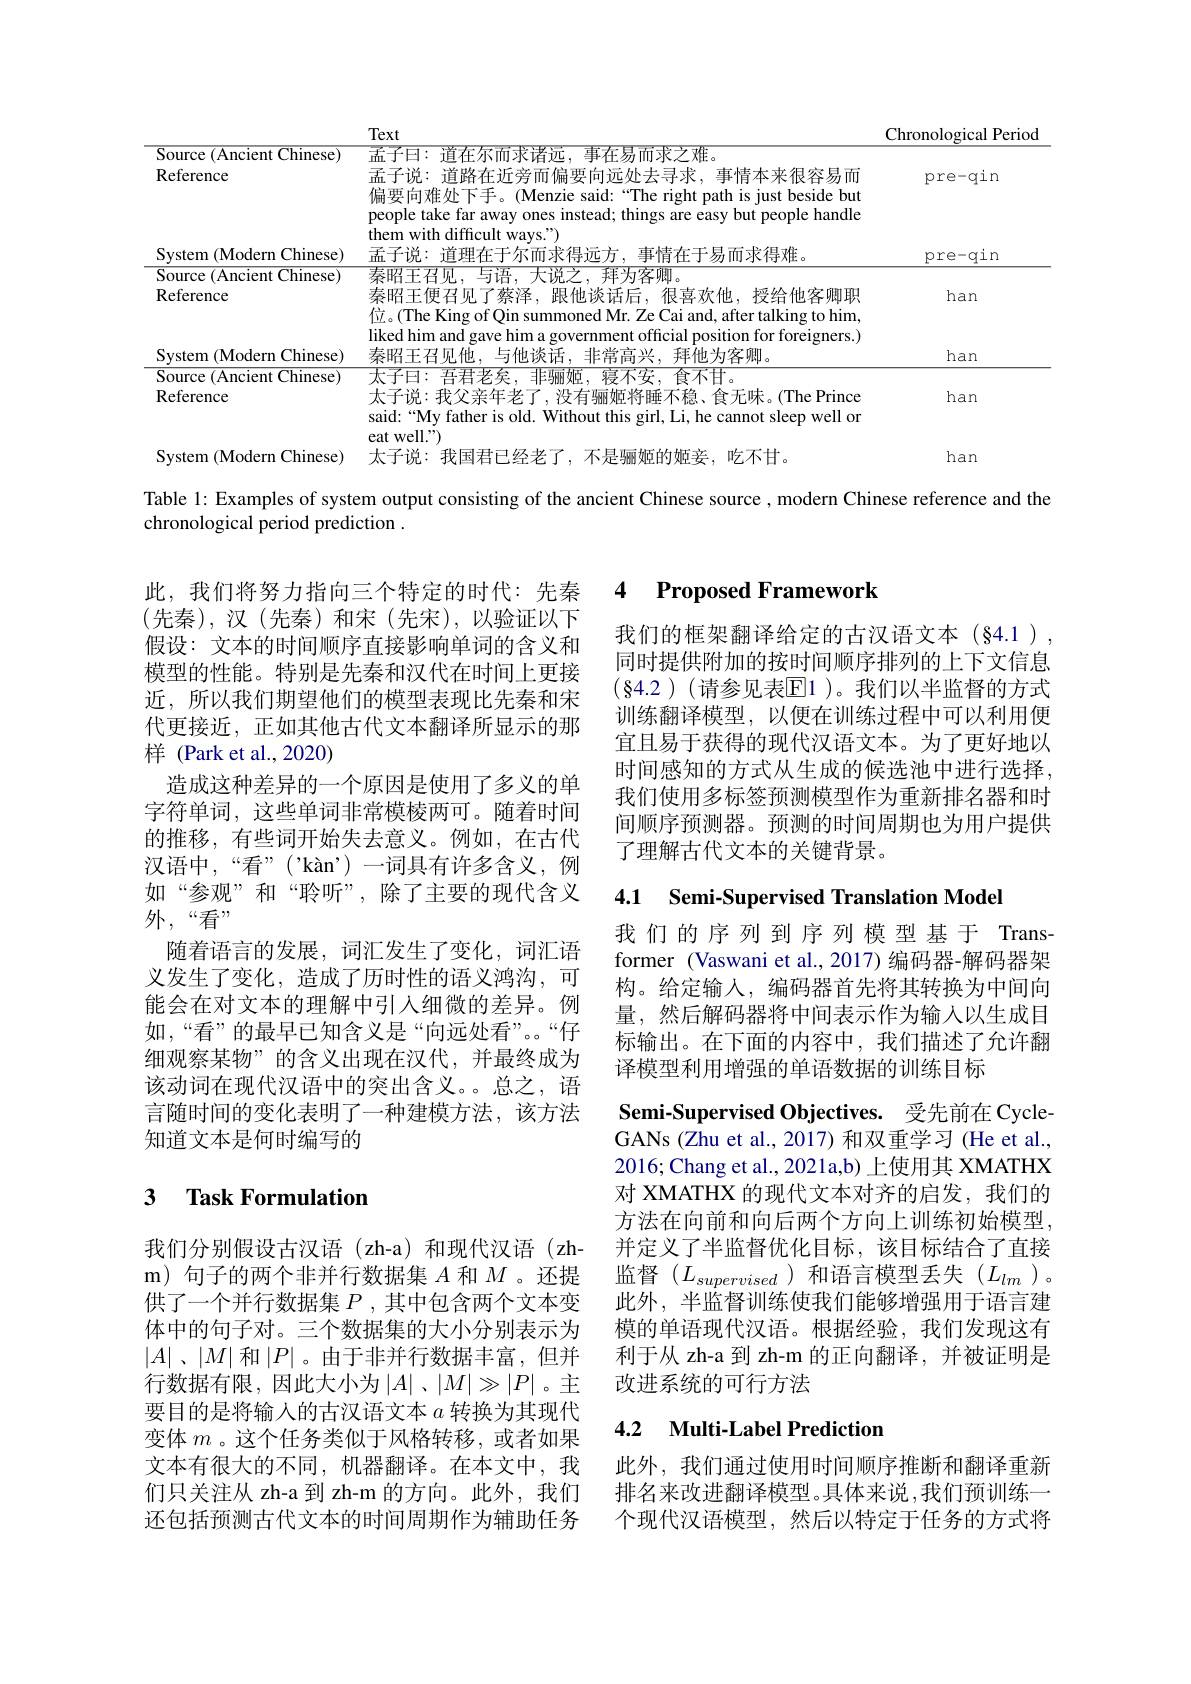
<table>
	<tbody>
		<tr>
			<th> </th>
			<th>Text</th>
			<th>Chronological $\textbf{l Peric}$</th>
		</tr>
		<tr>
			<td>Source ( Ancient Chinese) Reference</td>
			<td>孟子曰：道在尔而求诸远，事在易而求之难。孟子说：道路在近旁而偏要向远处去寻求，事情本来很容易而 偏要向难处下手。(Menzie said:“The right path is just beside but people take far away ones instead; things are easy but people handle them with difficult ways.")</td>
			<td>pre-qin</td>
		</tr>
		<tr>
			<td>System (Modern 1 $\mathbf{Chinese})$</td>
			<td>$\tilde{\text{五千说：}}$ $i$自中在十 $I_{t}I_{v}^{\prime}$ .情在干易而求得难。</td>
			<td>pre-qin</td>
		</tr>
		<tr>
			<td>Source ( Ancient Chinese) $\mathbf{R}_{\mathrm{eferem}}$</td>
			<td>泰昭干召 3 $1JJI$ $\exists1^{2n}$ 不明 去</td>
			<td>har</td>
		</tr>
		<tr>
			<td>System 1Chinese) 11 ( Modern</td>
			<td>iked him and gave him a government official position for foreigners.) 泰昭干召见他，与他谈话，非常高兴，拜他为客卿。</td>
			<td>han</td>
		</tr>
		<tr>
			<td>Source $\overline{(\mathrm{Ancient})}$ $\overline{{\mathrm{Chinese}}})$</td>
			<td>$\angle A=\angle AC$ 食不甘</td>
			<td> </td>
		</tr>
		<tr>
			<td>$\operatorname{mov}/$ Reference</td>
			<td>太子说：我父亲年老了，没有骊姬将睡不稳、食无味。(The Prince said:“My father is old. Without this girl, Li, he cannot sleep well or</td>
			<td>han</td>
		</tr>
		<tr>
			<td>( Modern Chinese) Svstem ,</td>
			<td> </td>
			<td>han</td>
		</tr>
	</tbody>
</table>

Table 1: Examples of system output consisting of the ancient Chinese source , modern Chinese reference and the
chronological period prediction .

### 4 $\textbf{Proposed Framework}$

我们的框架翻译给定的古汉语文本(§4.1), 同时提供附加的按时间顺序排列的上下文信息$(\S4.2)($请参见表El1)。我们以半监督的方式训练翻译模型，以便在训练过程中可以利用便宜且易于获得的现代汉语文本。为了更好地以时间感知的方式从生成的候选池中进行选择， 我们使用多标签预测模型作为重新排名器和时间顺序预测器。预测的时间周期也为用户提供了理解古代文本的关键背景。

此，我们将努力指向三个特定的时代：先秦(先秦),汉(先秦)和宋(先宋),以验证以下假设：文本的时间顺序直接影响单词的含义和模型的性能。特别是先秦和汉代在时间上更接近，所以我们期望他们的模型表现比先秦和宋代更接近，正如其他古代文本翻译所显示的那样 (Park et al.,2020)
造成这种差异的一个原因是使用了多义的单字符单词，这些单词非常模棱两可。随着时间的推移，有些词开始失去意义。例如，在古代汉语中，“看”('kàn’)一词具有许多含义，例如“参观”和“聆听”,除了主要的现代含义外，“看”
随着语言的发展，词汇发生了变化，词汇语义发生了变化，造成了历时性的语义鸿沟，可能会在对文本的理解中引入细微的差异。例如，“看”的最早已知含义是“向远处看”。“仔细观察某物”的含义出现在汉代，并最终成为该动词在现代汉语中的突出含义。总之，语言随时间的变化表明了一种建模方法，该方法知道文本是何时编写的

4.1 Semi-Supervised Translation Model

我们的序列到序列模型基于 Transformer (Vaswani et al., 2017) 编码器-解码器架构。给定输入，编码器首先将其转换为中间向量，然后解码器将中间表示作为输人以生成目标输出。在下面的内容中，我们描述了允许翻译模型利用增强的单语数据的训练目标

Semi-Supervised Objectives. 受先前在 CycleGANs (Zhu et al., 2017) 和双重学习 (He et al. 2016;Chang et al., 2021a,b) 上使用其 XMATHX 对 XMATHX 的现代文本对齐的启发，我们的方法在向前和向后两个方向上训练初始模型， 并定义了半监督优化目标，该目标结合了直接监督$(L_supervised$ )和语言模型丢失$(L_lm)$。此外，半监督训练使我们能够增强用于语言建模的单语现代汉语。根据经验，我们发现这有利于从 zh-a 到 zh-m 的正向翻译，并被证明是改进系统的可行方法

# 3 Task Formulation

我们分别假设古汉语(zh-a)和现代汉语(zhm) 句子的两个非并行数据集$A$和$M$ 。还提供了一个并行数据集$P$,其中包含两个文本变体中的句子对。三个数据集的大小分别表示为$|A|$、$|M|$和$|P|$。由于非并行数据丰富，但并行数据有限，因此大小为$|A|$、$|M|\gg|P|$。主要目的是将输入的古汉语文本$a$转换为其现代变体$m$ 。这个任务类似于风格转移，或者如果文本有很大的不同，机器翻译。在本文中，我们只关注从 zh-a 到 zh-m 的方向。此外，我们还包括预测古代文本的时间周期作为辅助任务

## 4.2 Multi-Label Prediction

此外，我们通过使用时间顺序推断和翻译重新排名来改进翻译模型。具体来说，我们预训练一个现代汉语模型，然后以特定于任务的方式将